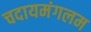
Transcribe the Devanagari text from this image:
चदायमंगलम